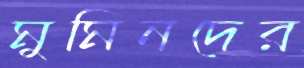
মুমিনদের